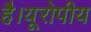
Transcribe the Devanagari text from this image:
है।यूरोपीय